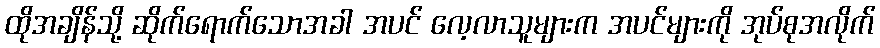
ထိုအချိန်သို့ ဆိုက်ရောက်သောအခါ အပင် လေ့လာသူများက အပင်များကို အုပ်စုအလိုက်